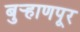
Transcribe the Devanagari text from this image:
बुर्‍हाणपूर